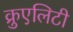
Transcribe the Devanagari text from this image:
क्रुएलिटी